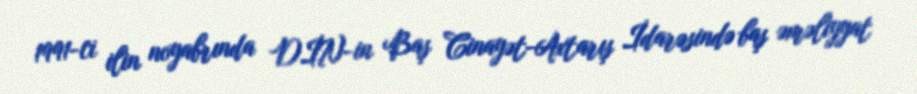
1991-ci ilin noyabrında DİN-in Baş Cinayət-Axtarış İdarəsində baş əməliyyat